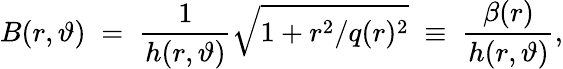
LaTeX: B(r,\vartheta)\; =\; \frac{1}{h(r,\vartheta)}\sqrt{1+r^{2}/q(r)^{2}}\; \equiv\; \frac{\beta(r)}{h(r,\vartheta)},